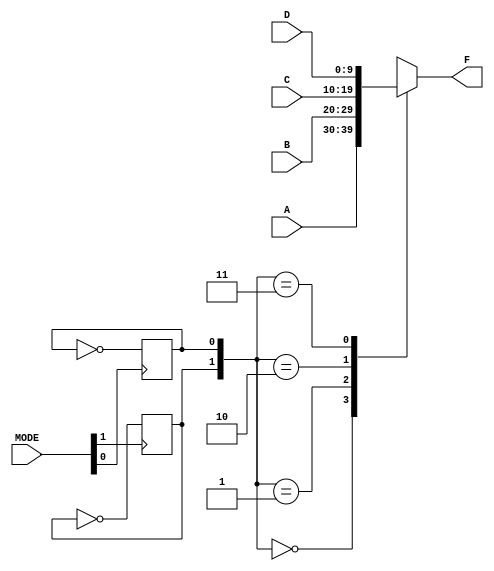
module MULTIPLEXER_2(MODE,A,B,C,D,F);
	input [1:0] MODE;
	input [9:0] A,B,C,D;
	output reg [9:0] F;
	reg [1:0] button;
	
	initial
	begin
		button = 2'b00;
	end
		
	always @(posedge MODE[0])
	begin
		button[0] = ~button[0];
	end
	
	always @(posedge MODE[1])
	begin
		button[1] = ~button[1];
	end
	
	always @*
		case(button)
			2'b00: F = A;
			2'b01: F = B;
			2'b10: F = C;
			2'b11: F = D;
		endcase
endmodule